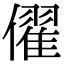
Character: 㒛